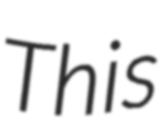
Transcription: This